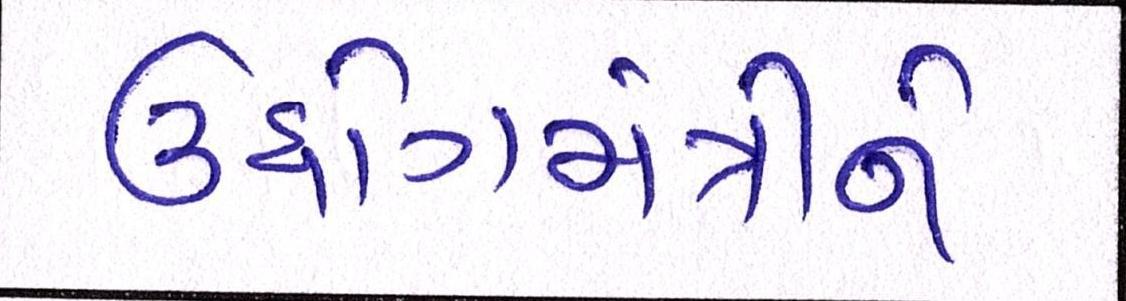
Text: ઉધોગમંત્રીને